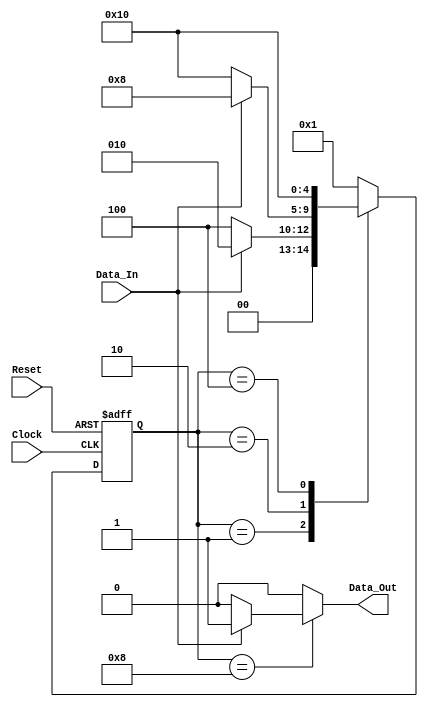
module serial_bit_sequence (
    output reg Data_Out,
    input wire Data_In, Clock, Reset
);

    // || Data_0 || Data_1 || Data_2 ||
    // ||    1   ||    1   ||    1   || --> will trigger Data_Out = 1

    // Declaration
    reg [4:0] Current_State, Next_State;
    parameter   Start           = 5'b00001,
                Data_0_Is_Set   = 5'b00010,
                Data_0_Not_Set  = 5'b00100,
                Data_1_Is_Set   = 5'b01000,
                Data_1_Not_Set  = 5'b10000;

    // State memory --> hanya untuk memindahkan dari Next_State to Current_State
    always @ (posedge Clock or negedge Reset)
        begin
            if (!Reset)
                Current_State <= Start;
            else
                Current_State <= Next_State;
        end

    // Next state --> memberikan aturan untuk mengatur aliran Next_State
    always @ (Current_State or Data_In)
        begin
            case (Current_State)
                Start           : if (Data_In == 1'b1) Next_State = Data_0_Is_Set;
                                  else Next_State = Data_0_Not_Set;
                Data_0_Is_Set   : if (Data_In == 1'b1) Next_State = Data_1_Is_Set;
                                  else Next_State = Data_1_Not_Set;
                Data_1_Is_Set   : Next_State = Start;
                Data_0_Not_Set  : Next_State = Data_1_Not_Set;
                Data_1_Not_Set  : Next_State = Start;
                default         : Next_State = Start;
            endcase
        end

    // Output --> mengatur output
    always @ (Current_State or Data_In)
        begin
            case (Current_State)
                Data_1_Is_Set   : if (Data_In == 1'b1) Data_Out = 1'b1;
                                  else Data_Out = 1'b0;
                default         : Data_Out = 1'b0;
            endcase
        end

endmodule

module tb_serial_bit_sequence();

    wire data_out;
    reg data_in, clock, reset;
    wire current_state, next_state;

    serial_bit_sequence DUT(.Data_Out(data_out), .Data_In(data_in), .Clock(clock), .Reset(reset));

    // Clock
    initial clock = 1'b0;
    always #1 clock = ~clock;

    // Reset
    initial reset = 1'b1;

    // Data in
    always
        begin
            $dumpfile("serial_bit_sequence.vcd");
            $dumpvars(0, tb_serial_bit_sequence);
            data_in = 1'b0;
            #1 data_in = 1'b1;
            #1 data_in = 1'b0;
            #2 data_in = 1'b1;
            #2 data_in = 1'b1;
            #2 data_in = 1'b1;
            #2 data_in = 1'b1;
            #2 data_in = 1'b1;
            #2 data_in = 1'b1;
            #2 data_in = 1'b1;
            #2 data_in = 1'b1;
            #2 data_in = 1'b1;
            $finish;
        end

endmodule